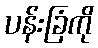
ပန်းခြံကို